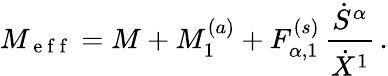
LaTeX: M_{\mathrm{~e~f~f~}}=M+M_{1}^{(a)}+F_{\alpha,1}^{(s)}\, \frac{\dot{S}^{\alpha}}{\dot{X}^{1}}\, .